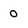
Character: 0